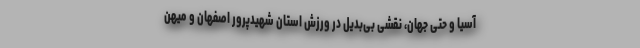
آسیا و حتی جهان، نقشی بی‌بدیل در ورزش استان شهیدپرور اصفهان و میهن